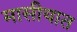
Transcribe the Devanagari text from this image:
मासीयात